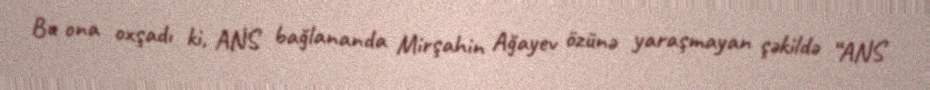
Bu ona oxşadı ki, ANS bağlananda Mirşahin Ağayev özünə yaraşmayan şəkildə “ANS